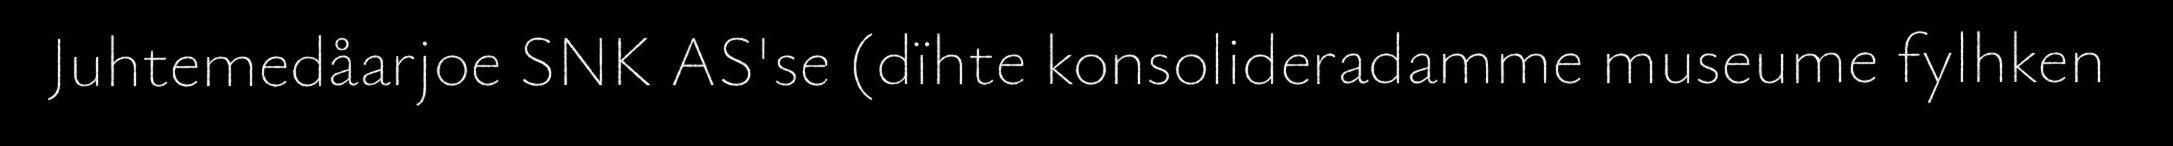
Juhtemedåarjoe SNK AS'se (dïhte konsolideradamme museume fylhken